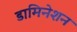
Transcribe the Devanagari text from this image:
डामिनेशन